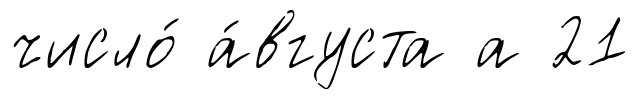
число́ а́вгуста а 21